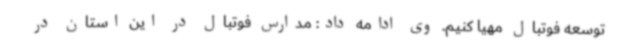
توسعه فوتبال مهیا کنیم. وی ادامه داد: مدارس فوتبال در این استان در